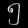
Digit: ၅